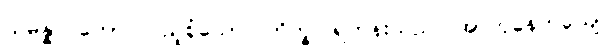
သမန္နာဂတော၊ ပြည့်စုံသော။ ဘိက္ခု၊ ရဟန်းသည်။ အာဟုနေတယျေ၊